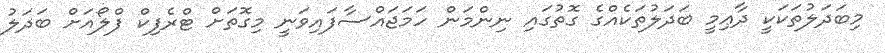
މިބަދަލުތަކަކީ ދާޢިމީ ބަދަލުތަކެއްގެ ގޮތުގައި ނިންމަން ހަމަޖައްސާފައިވަނީ މިގޮތަށް ޓްރެފިކް ފްލޯއަށް ބަދަލު